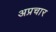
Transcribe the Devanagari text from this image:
अप्रचार